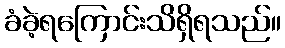
ခံခဲ့ရကြောင်းသိရှိရသည်။